Annual administration report of the Civil Veterinary Department, Ajmere-Merwara, British Rajputana - 1914-1940
Year: 1914
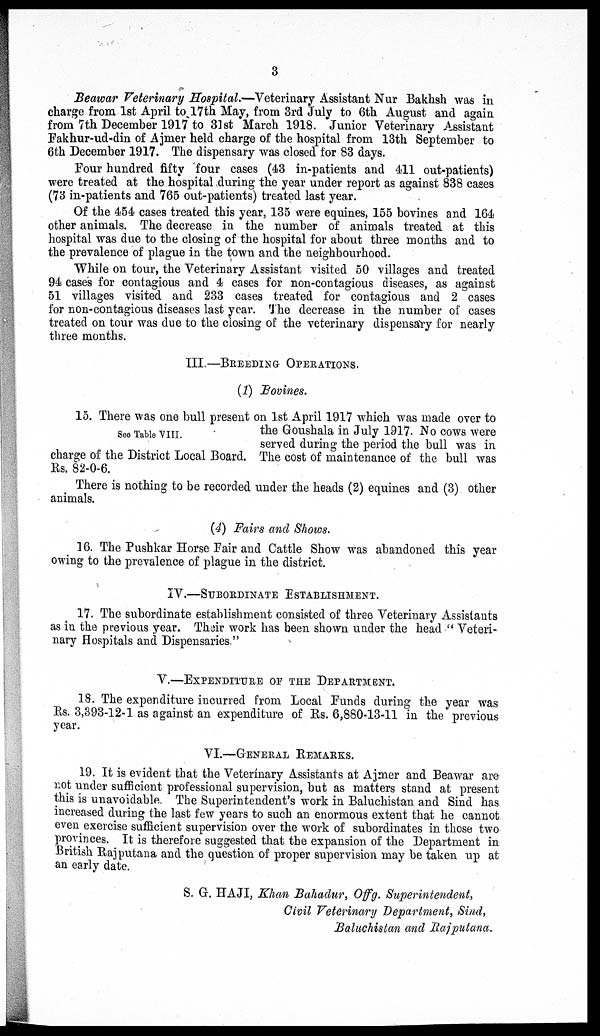
3
Beawar Veterinary Hospital.—Veterinary Assistant Nur Bakhsh was in
charge from 1st April to 17th May, from 3rd July to 6th August and again
from 7th December 1917 to 31st March 1918. Junior Veterinary Assistant
Fakhur-ud-din of Ajmer held charge of the hospital from 13th September to
6th December 1917. The dispensary was closed for 83 days.
Four hundred fifty four cases (43 in-patients and 411 out-patients)
were treated at the hospital during the year under report as against 838 cases
(73 in-patients and 765 out-patients) treated last year.
Of the 454 cases treated this year, 135 were equines, 155 bovines and 164
other animals. The decrease in the number of animals treated at this
hospital was due to the closing of the hospital for about three months and to
the prevalence of plague in the town and the neighbourhood.
While on tour, the Veterinary Assistant visited 50 villages and treated
94 cases for contagious and 4 cases for non-contagious diseases, as against
51 villages visited and 233 cases treated for contagious and 2 cases
for non-contagious diseases last year. The decrease in the number of cases
treated on tour was due to the closing of the veterinary dispensary for nearly
three months.
III.—BREEDING OPERATIONS.
(1) Bovines.
See Table VIII.
15. There was one bull present on 1st April 1917 which was made over to
the Goushala in July 1917. No cows were
served during the period the bull was in
charge of the District Local Board. The cost of maintenance of the bull was
Rs. 82-0-6.
There is nothing to be recorded under the heads (2) equines and (3) other
animals.
(4) Fairs and Shows.
16. The Pushkar Horse Fair and Cattle Show was abandoned this year
owing to the prevalence of plague in the district.
IV.—SUBORDINATE ESTABLISHMENT.
17. The subordinate establishment consisted of three Veterinary Assistants
as in the previous year. Their work has been shown under the head "Veteri-
nary Hospitals and Dispensaries."
V.—EXPENDITURE OF THE DEPARTMENT.
18. The expenditure incurred from Local Funds during the year was
Rs. 3,393-12-1 as against an expenditure of Rs. 6,880-13-11 in the previous
year.
VI.—GENERAL REMARKS.
19. It is evident that the Veterinary Assistants at Ajmer and Beawar are
not under sufficient professional supervision, but as matters stand at present
this is unavoidable. The Superintendent's work in Baluchistan and Sind has
increased during the last few years to such an enormous extent that he cannot
even exercise sufficient supervision over the work of subordinates in those two
provinces. It is therefore suggested that the expansion of the Department in
British Rajputana and the question of proper supervision may be taken up at
an early date.
S. G. HAJI, Khan Bahadur, Offg. Superintendent,
Civil Veterinary Department, Sind,
Baluchistan and Rajputana.